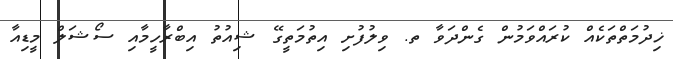
ޚިދުމަތްތަކެއް ކުރައްވަމުން ގެންދަވާ ތ. ވިލުފުށި އިތުމަތީގޭ ޝިއުތު އިބްރާހީމާއި ސޯޝަލް މީޑިއާ